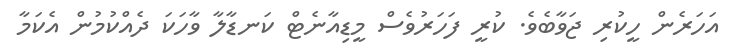
އަހަރެން ހީކުރި ޖަވާބެވެ. ކުރީ ފަހަރުވެސް މީޑިއާނެޓް ކަނޑާލާ ވާހަކަ ދެއްކުމުން އެކަމާ